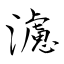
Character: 濾